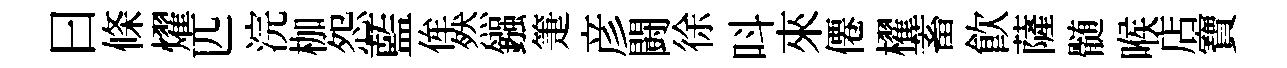
曰條燿匹浣枷怨藍侔然鏹箑彦闘徐呌來僊櫂蓄飲薩髄喉店寶